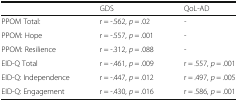
<table><thead><tr><td></td><td><b>GDS</b></td><td><b>QoL-AD</b></td></tr></thead><tbody><tr><td>PPOM Total:</td><td>r = -.562, <i>p</i> = .02</td><td><i>-</i></td></tr><tr><td>PPOM: Hope</td><td>r = -.557, <i>p</i> = .001</td><td>-</td></tr><tr><td>PPOM: Resilience</td><td>r = -.312, <i>p</i> = .088</td><td>-</td></tr><tr><td>EID-Q Total</td><td>r = -.461, <i>p</i> = .009</td><td>r = .557, <i>p</i> = .001</td></tr><tr><td>EID-Q: Independence</td><td>r = -.447, <i>p</i> = .012</td><td>r = .497, <i>p</i> = .005</td></tr><tr><td>EID-Q: Engagement</td><td>r = -.430, <i>p</i> = .016</td><td>r = .586, <i>p</i> = .001</td></tr></tbody></table>